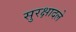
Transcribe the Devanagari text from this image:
सुरक्षादले